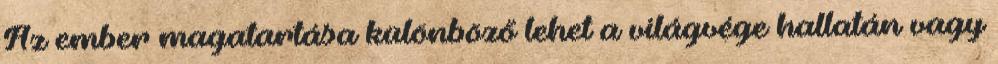
Az ember magatartása különböző lehet a világvége hallatán vagy